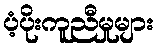
ပံ့ပိုးကူညီမှုများ